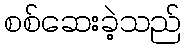
စစ်ဆေးခဲ့သည်